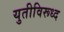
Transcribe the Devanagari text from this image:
युतीविरूध्द